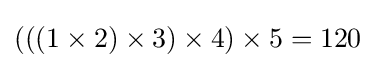
\left(\left(\left(1\times 2\right)\times 3\right)\times 4\right)\times 5=120